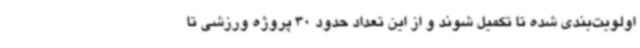
اولویت‌بندی شده تا تکمیل شوند و از این تعداد حدود 30 پروژه ورزشی تا